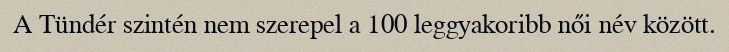
A Tündér szintén nem szerepel a 100 leggyakoribb női név között.